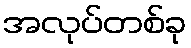
အလုပ်တစ်ခု